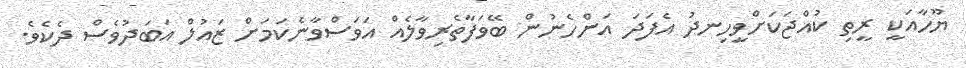
ޔޫހާއަކީ ރީތި ކުއްޖަކަށްވީހިނދު އެފަދަ އަންހެނުން ބޭވަފާތެރިވާލެއް އަވަސްވާނެކަމަށް ޒައުލް އަބަދުވެސް ދެކެވެ.